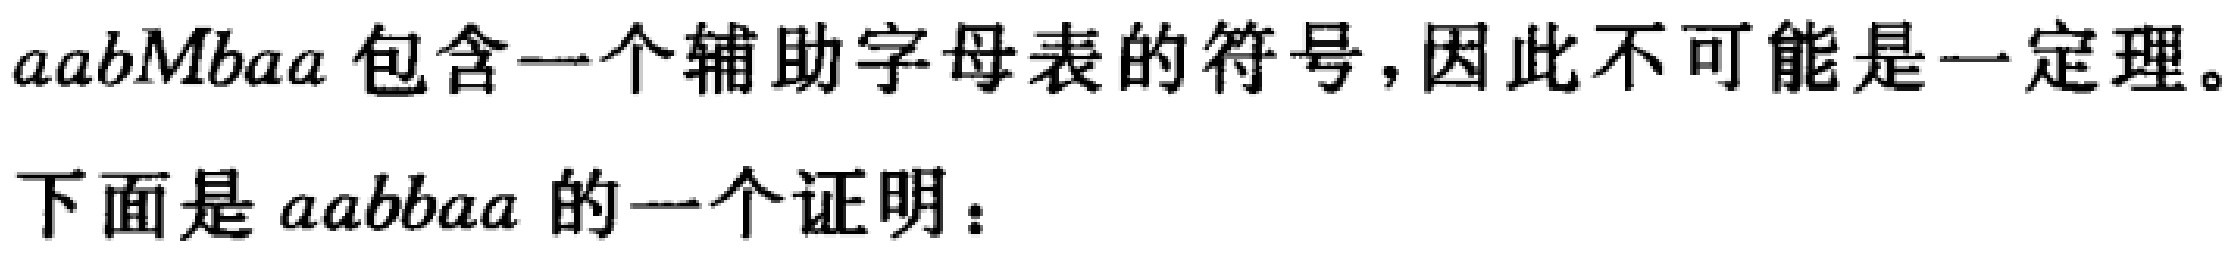
\(aabMbaa\)包含一个辅助字母表的符号，因此不可能是一定理。

下面是 \(aabbaa\) 的一个证明：